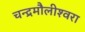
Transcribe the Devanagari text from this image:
चन्‍द्रमौलीश्‍वरा